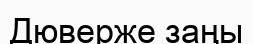
Дюверже заңы